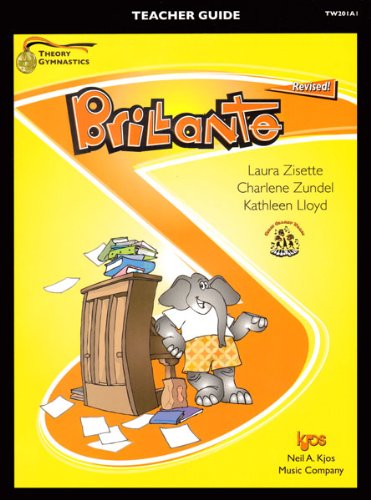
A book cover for TW201A1 - Theory Gymnastics - Brillante Teachers Guide Revised; Laura Zisette; Sports & Outdoors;